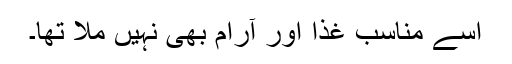
اسے مناسب غذا اور آرام بھی نہیں ملا تھا۔